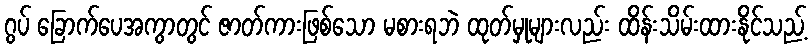
ဂွပ် ခြောက်ပေအကွာတွင် ဇာတ်ကားဖြစ်သော မစားရဘဲ ထုတ်မှုများလည်း ထိန်းသိမ်းထားနိုင်သည့်